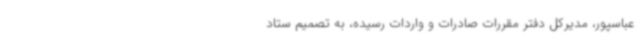
عباسپور، مدیرکل دفتر مقررات صادرات و واردات رسیده، به تصمیم ستاد